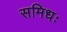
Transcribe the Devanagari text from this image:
समिधः